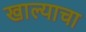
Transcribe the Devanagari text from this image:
खाल्याचा